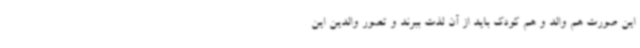
این صورت هم والد و هم کودک باید از آن لذت ببرند و تصور والدین این